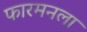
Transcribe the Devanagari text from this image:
फारमनला